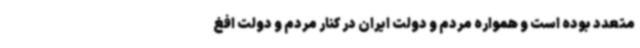
متعدد بوده است و همواره مردم و دولت ایران در کنار مردم و دولت افغ